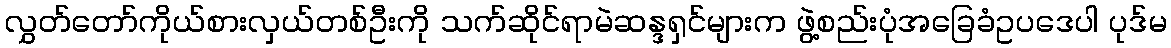
လွှတ်တော်ကိုယ်စားလှယ်တစ်ဦးကို သက်ဆိုင်ရာမဲဆန္ဒရှင်များက ဖွဲ့စည်းပုံအခြေခံဥပဒေပါ ပုဒ်မ